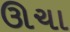
ઊચા